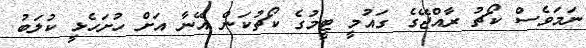
ނަމަވެސް ކޯޗު ރާއްޖޭގެ ގައުމީ ޓީމުގެ ކޯޗުކަން އޭނާ އަށް ހުށަހެޅީ ކުލަބު